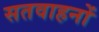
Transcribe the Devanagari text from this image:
सतवाहनों